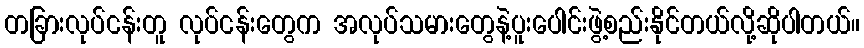
တခြားလုပ်ငန်းတူ လုပ်ငန်းတွေက အလုပ်သမားတွေနဲ့ပူးပေါင်းဖွဲ့စည်းနိုင်တယ်လို့ဆိုပါတယ်။